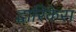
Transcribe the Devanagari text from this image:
द्वारिकेस